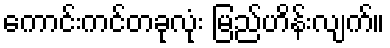
ကောင်းကင်တခုလုံး မြည်ဟိန်းလျက်။